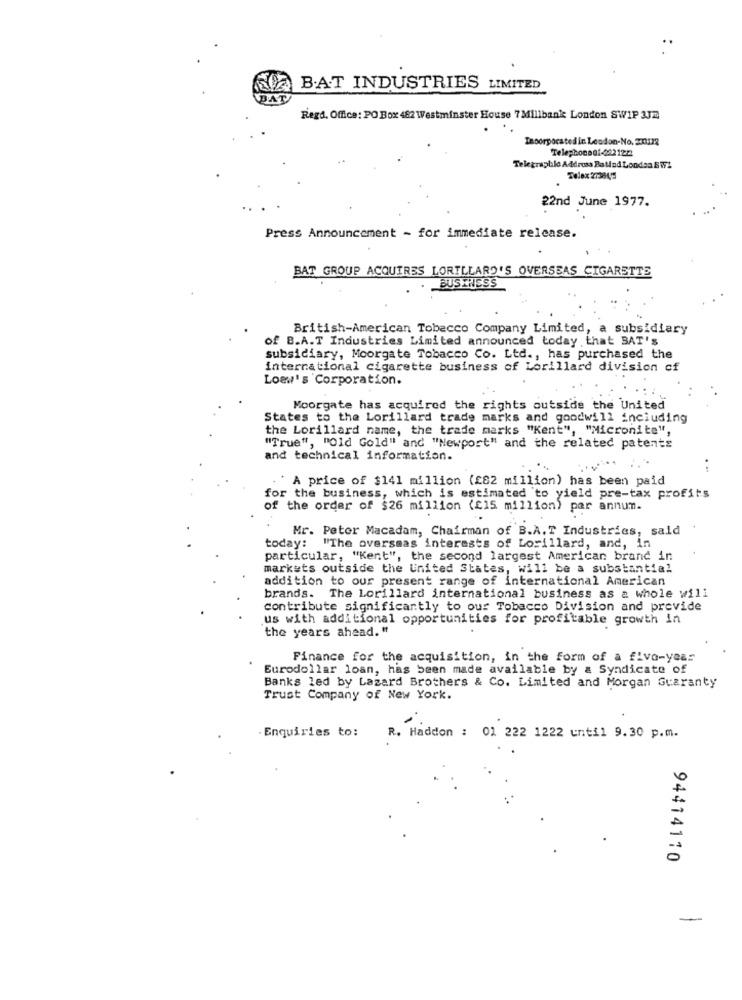
BAT INDUSTRIES LIMITED
BAT
Regd, Office: PO Box 482 Westminster House 7 Millbank London SWIP 3Jm
Incorporated in London-No. 20172
Telephoneof-082122
Telegraphic Address Ballad Londra 8 172
Telex 273845
22nd June 1977.
Press Announcement - for immediate release.
BAT GROUP ACQUIRES LORILLARD'S OVERSEAS CIGARETTE
BUSINESS
British-American Tobacco Company Limited, a subsidiary
of B.A.T Industries Limited announced today that BAT's
subsidiary, Moorgate Tobacco Co. Ltd ., has purchased the
international cigarette business of Lorillard division of
Loew's Corporation.
Moorgate has acquired the rights outside the United
States to the Lorillard trade marks and goodwill including
the Lorillard name, the trade marks "Kent", "Micronite",
"True", "old Gold" and "Newport" and the related patents
and technical information.
*A price of $141 million (£82 million) has been paid
for the business, which is estimated to yield pre-tax profits
of the order of $26 million (215 million) per annum.
Mr. Peter Macadam, Chairman of B.A.T Industries, said
today: "The overseas interests of Lorillard, and, in
particular, "Kent", the second largest American brand in
markets outside the United States, will be a substantial
addition to our present range of international American
brands. The Lorillard international business as a whole will
contribute significantly to our Tobacco Division and previde
us with additional opportunities for profitable growth in
the years ahead."
Finance for the acquisition, in the form of a five-year
Eurodollar loan, has been made available by & Syndicate of
Banks led by Lazard Brothers & Co. Limited and Morgan Guaranty
Trust Company of New York.
Enquiries to:
R. Haddon : 01 222 1222 until 9.30 p.m.
94414110
-